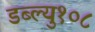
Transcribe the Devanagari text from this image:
डब्ल्यु१०८